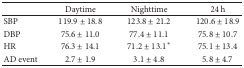
|  | Daytime | Nighttime | 24 h |
 | --- | --- | --- | --- |
 | SBP | 119.9 ± 18.8 | 123.8 ± 21.2 | 120.6 ± 18.9 |
 | DBP | 75.6 ± 11.0 | 77.4 ± 11.1 | 75.8 ± 10.7 |
 | HR | 76.3 ± 14.1 | 71.2 ± 13.1∗ | 75.1 ± 13.4 |
 | AD event | 2.7 ± 1.9 | 3.1 ± 4.8 | 5.8 ± 4.7 |